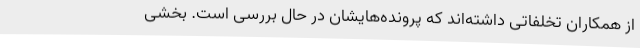
از همکاران تخلفاتی داشته‌اند که پرونده‌هایشان در حال بررسی است. بخشی